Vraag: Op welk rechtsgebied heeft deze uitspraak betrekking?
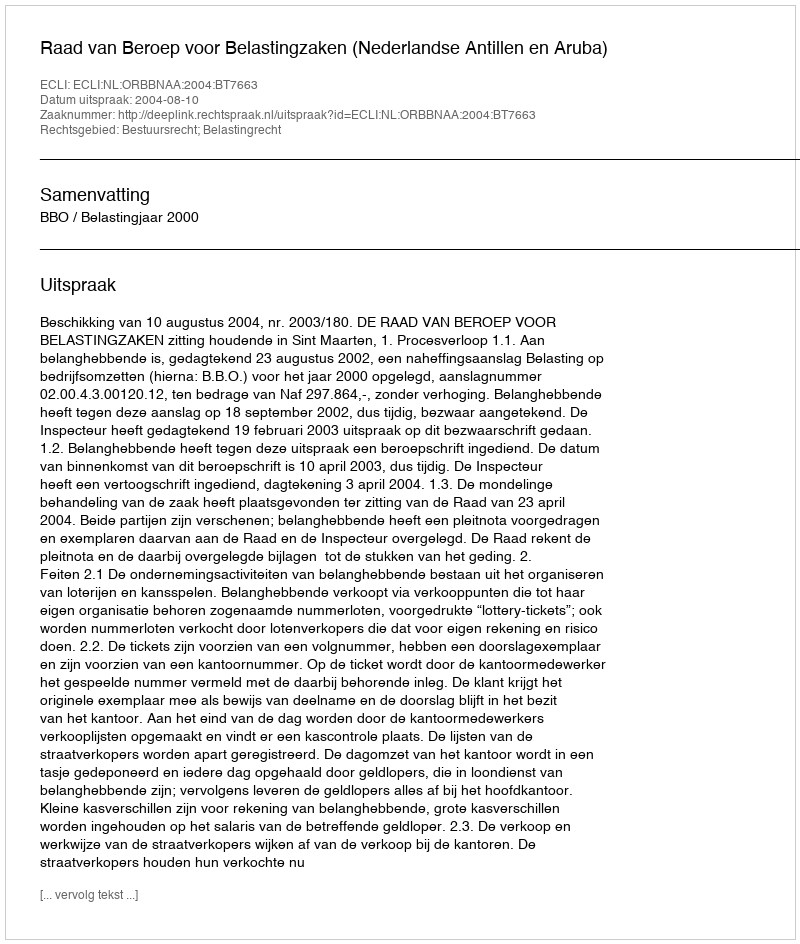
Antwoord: Bestuursrecht; Belastingrecht